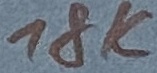
Text: 18K